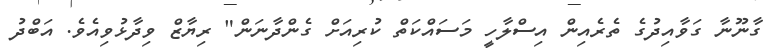
ގާނޫނާ ގަވާއިދުގެ ތެރެއިން އިސްލާހީ މަސައްކަތް ކުރިއަށް ގެންދާނަން" ރިޔާޒް ވިދާޅުވިއެވެ. އަބްދު